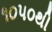
૧૦૫૦થી